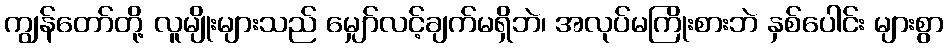
ကျွန်တော်တို့ လူမျိုးများသည် မျှော်လင့်ချက်မရှိဘဲ၊ အလုပ်မကြိုးစားဘဲ နှစ်ပေါင်း များစွာ